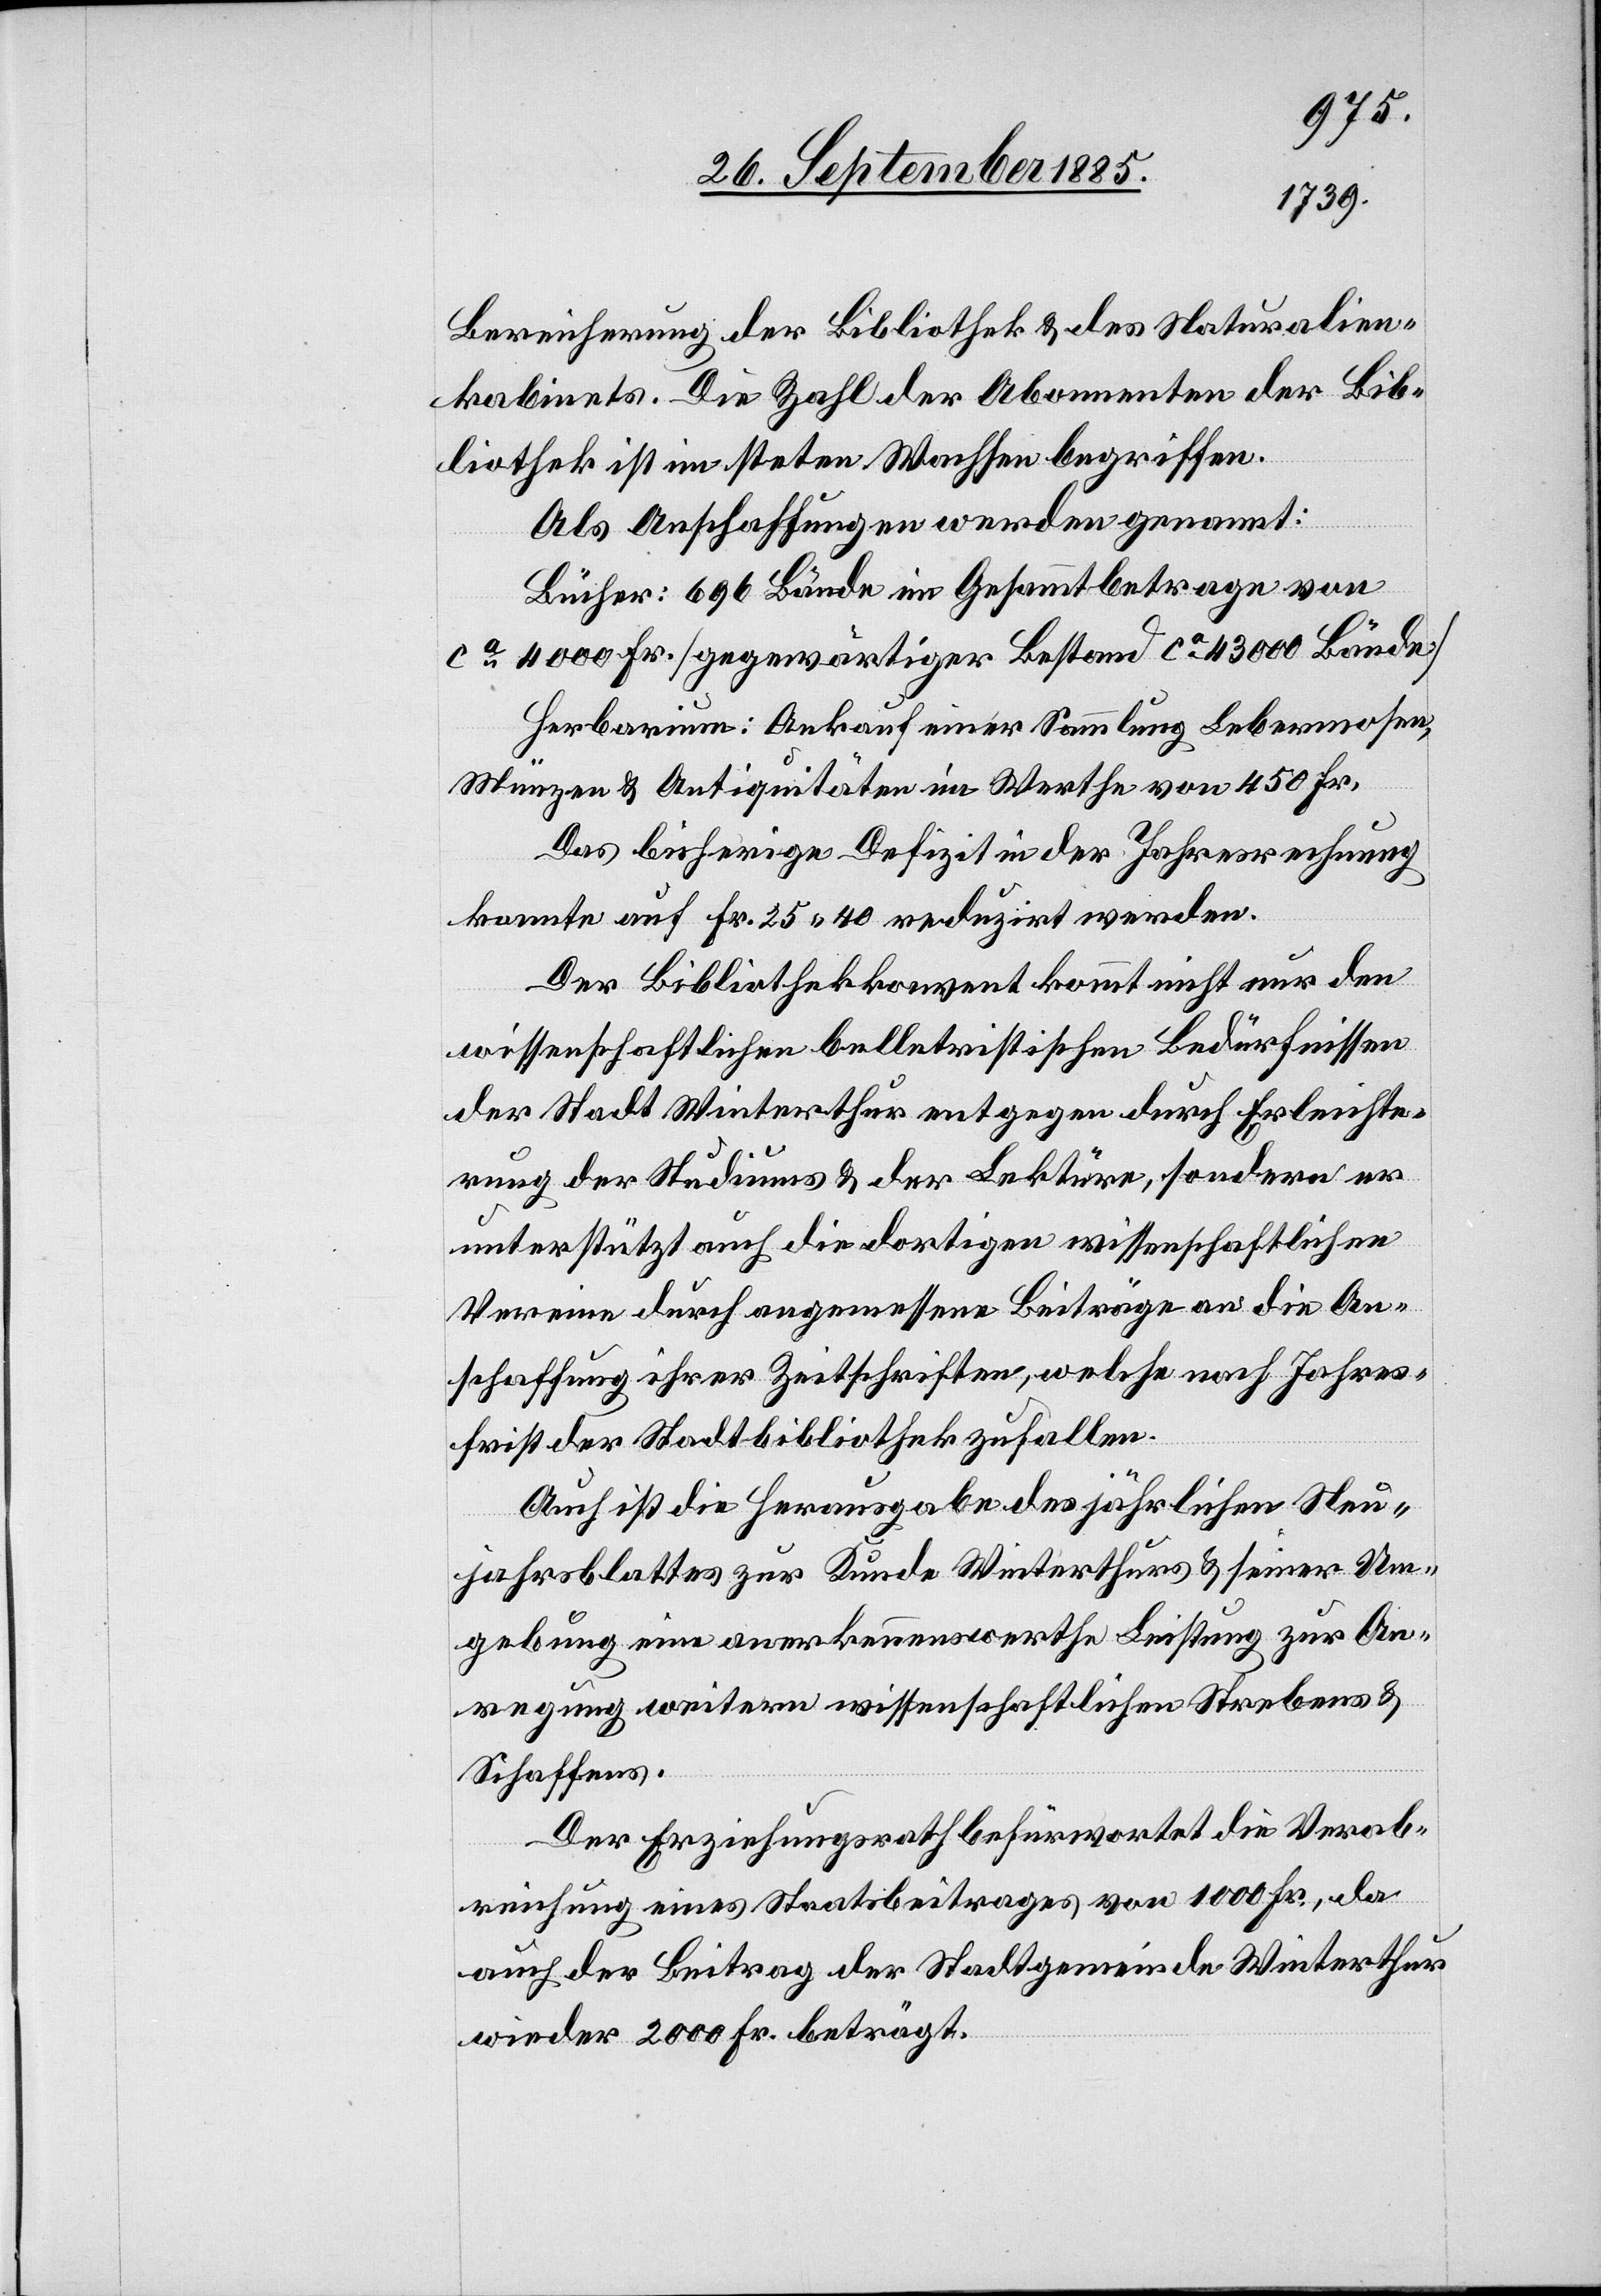
Bereicherung der Bibliothek & des Naturalien¬
kabinets. Die Zahl der Abonnenten der Bib¬
liothek ist im steten Wachsen begriffen.
Als Anschaffungen werden genannt:
Bücher: 696 Bände im Gesammtbetrage von
ca 4000 Fr. [gegenwärtiger Bestand ca 43 000 Bände]
Herbarium: Ankauf einer Sammlung Lebermosen,
Münzen & Antiquitäten im Werthe von 450 Fr.
Das bisherige Defizit in der Jahresrechnung
konnte auf Fr. 25 40 reduzirt werden.
Der Bibliothekkonvent kommt nicht nur den
wissenschaftlichen belletristischen Bedürfnissen
der Stadt Winterthur entgegen durch Erleichte¬
unterstützt auch die dortigen wissenschaftlichen
Vereine durch angemessene Beiträge an die An¬
schaffung ihrer Zeitschriften, welche nach Jahres¬
frist der Stadtbibliothek zufallen.
Auch ist die Herausgabe des jährlichen Neu¬
rath
jahrsblattes zur Kunde Winterthurs & seiner Um¬
gebung eine anerkennenswerthe Leistung zur An¬
regung weitern wissenschaftlichen Strebens &
Schaffens.
die Verab¬
reichung eines Staatsbeitrages von 1000 Fr., da
auch der Beitrag der Stadtgemeinde Winterthur
wieder 2000 Fr. beträgt.